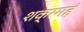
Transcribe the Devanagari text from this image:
शक्रमहं